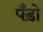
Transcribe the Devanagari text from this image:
पॅंड़ो